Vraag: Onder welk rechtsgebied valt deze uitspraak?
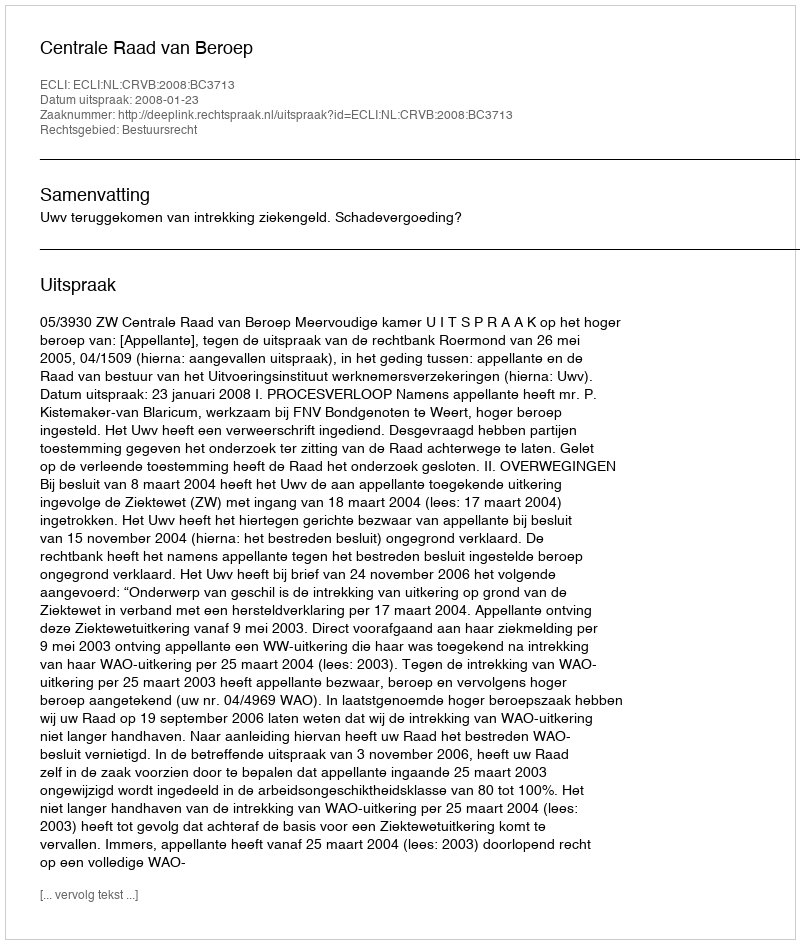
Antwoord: Bestuursrecht